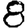
Digit: 8